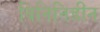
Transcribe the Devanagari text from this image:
विनिनिडीन